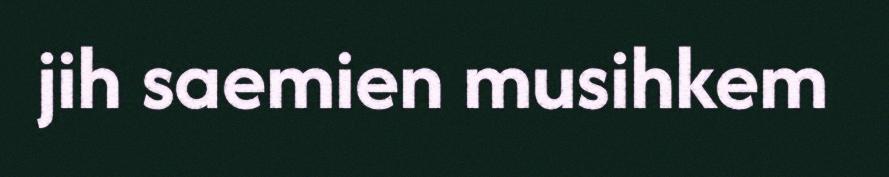
jih saemien musihkem